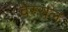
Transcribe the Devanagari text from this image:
वेस्सल